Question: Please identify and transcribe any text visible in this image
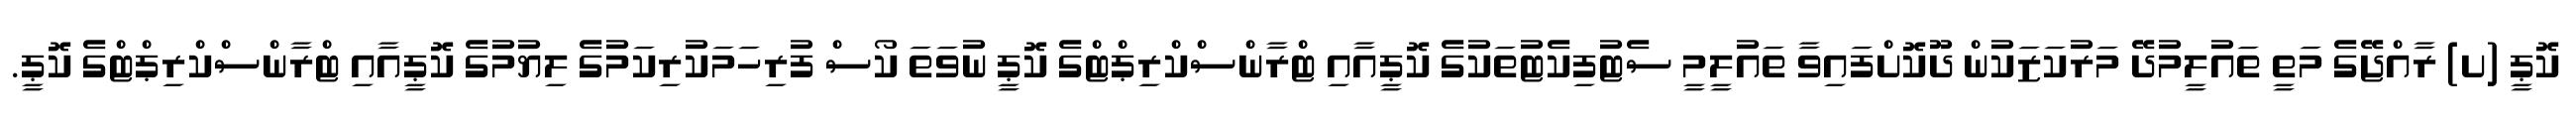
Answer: ކޮޕީ (ށ) ރާއްޖޭގެ މަތީ ތައުލީމުދޭ މަރުކަޒަކުން ދޫކޮށްފައިވާ ތައުލީމީ ސެޓުފިކެޓުތަކުގެ ކޮޕީއާއި ޓްރާންސްކްރިޕްޓްގެ ކޮޕީ ނުވަތަ ކޯސް ފުރިހަމަކުރިކަމުގެ ލިޔުމުގެ ކޮޕީއާއި ޓްރާންސްކްރިޕްޓްގެ ކޮޕީ.